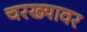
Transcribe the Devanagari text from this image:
चरख्यावर